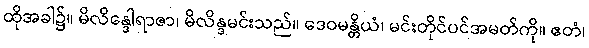
ထိုအခါ၌။ မိလိန္ဒေါရာဇာ၊ မိလိန္ဒမင်းသည်။ ဒေဝမန္တိယံ၊ မင်းတိုင်ပင်အမတ်ကို။ ဧတံ၊